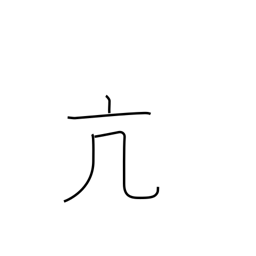
Meaning: high spirits